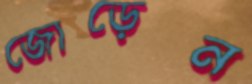
জোড়েন